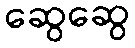
ဆွေဆွေ